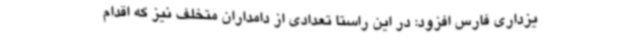
یزداری فارس افزود: در این راستا تعدادی از دامداران متخلف نیز که اقدام